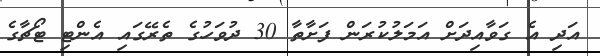
އަދި އެ ގަވާއިދަށް އަމަލުކުރަން ފަށާތާ 30 ދުވަހުގެ ތެރޭގައި އެންޓި ޓޯޗާގެ